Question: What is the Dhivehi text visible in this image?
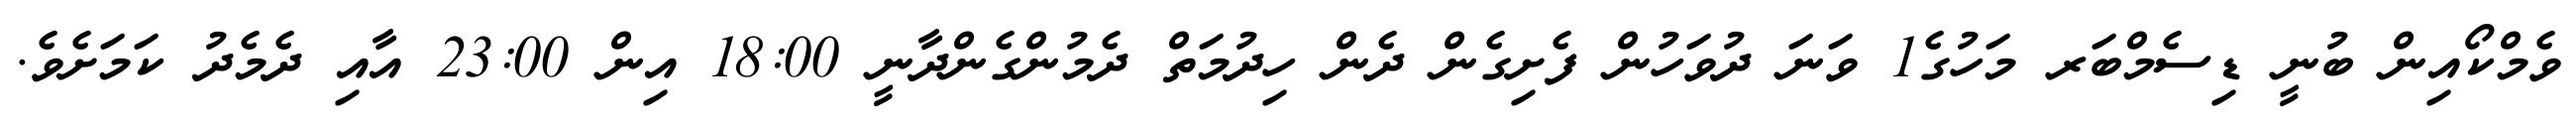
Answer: ވެމްކޯއިން ބުނީ ޑިސެމްބަރ މަހުގެ1 ވަނަ ދުވަހުން ފެށިގެން ދެން ހިދުމަތް ދެމުންގެންދާނީ 18:00 އިން 23:00 އާއި ދެމެދު ކަމަށެވެ.